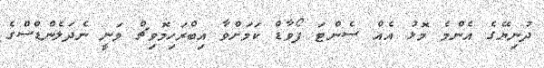
ދުނިޔޭގެ އެންމެ މޮޅު އެއް ސެންޓަ ފޯވާޑް ކަމަށްވާ އިބްރަހިމޮވިޗް ވަނީ ނެދަލެންޑްސްގެ